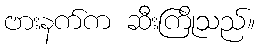
ဗားနက်က ဆီးကြိုသည်။